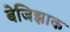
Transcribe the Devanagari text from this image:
बेजिझाक